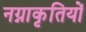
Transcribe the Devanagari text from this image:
नग्नाकृतियों